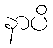
နာပိ